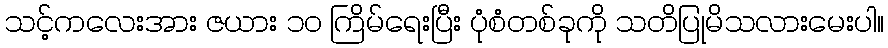
သင့်ကလေးအား ဇယား ၁၀ ကြိမ်ရေးပြီး ပုံစံတစ်ခုကို သတိပြုမိသလားမေးပါ။